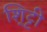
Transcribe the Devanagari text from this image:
शि्ट्टी